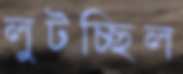
লুটচ্ছিল